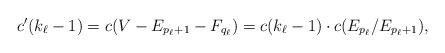
LaTeX: \begin{align*} c'(k_{\ell}-1) = c(V-E_{p_\ell+1}-F_{q_\ell}) = c(k_\ell-1)\cdot c(E_{p_\ell}/E_{p_\ell+1}),\end{align*}